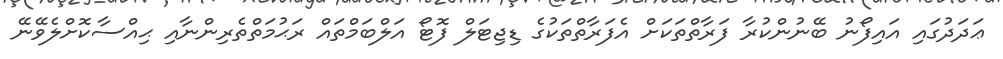
ޢަދަދުގައި އައިފޯނު ބޭނުންކުރާ ފަރާތްތަކަށް އެފަރާތްތަކުގެ ޑިޖިޓަލް ފޮޓޯ އަލްބަމްތައް ރަޙުމަތްތެރިންނާއި ޙިއްސާކޮށްލެވޭނޭ